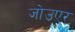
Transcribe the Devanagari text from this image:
जोउएर